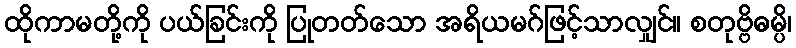
ထိုကာမတို့ကို ပယ်ခြင်းကို ပြုတတ်သော အရိယမဂ်ဖြင့်သာလျှင်။ စတုဗ္ဗိဓမ္ပိ၊